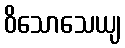
ဝိသောသေယျ